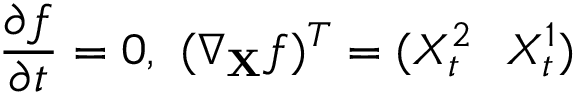
{ \frac { \partial f } { \partial t } } = 0 , \ ( \nabla _ { \mathbf { X } } f ) ^ { T } = ( X _ { t } ^ { 2 } \ \ X _ { t } ^ { 1 } )